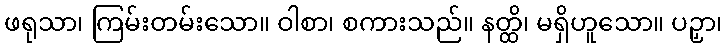
ဖရုသာ၊ ကြမ်းတမ်းသော။ ဝါစာ၊ စကားသည်။ နတ္ထိ၊ မရှိဟူသော။ ပဉှာ၊